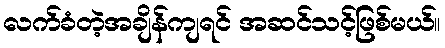
လက်ခံတဲ့အချိန်ကျရင် အဆင်သင့်ဖြစ်မယ်။